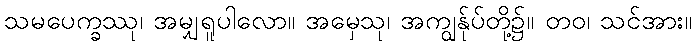
သမပေက္ခဿု၊ အမျှရူပါလော။ အမှေသု၊ အကျွန်ုပ်တို့၌။ တဝ၊ သင်အား။